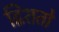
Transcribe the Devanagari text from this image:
द्विशतो